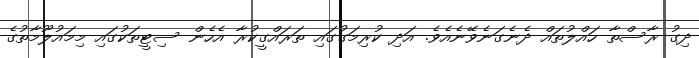
ދިގު ރާސްތާ ހައްލުތައް ދެނެގަނެވޭނެއެވެ. އަދި ކުރިމަގުގައި ތަރައްގީކުރާ އެހެން ސިޓީތަކުގައި މިމައުލޫމާތުގެ